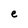
Character: e